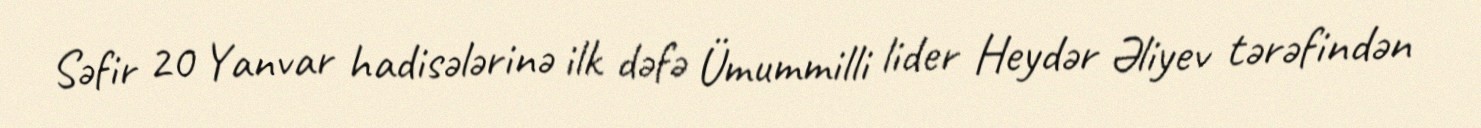
Səfir 20 Yanvar hadisələrinə ilk dəfə Ümummilli lider Heydər Əliyev tərəfindən